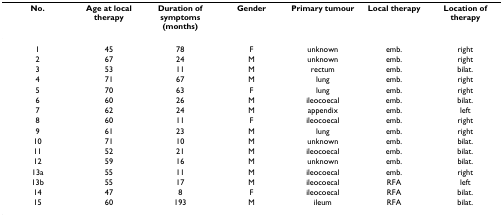
| No. | Age at local therapy | Duration of symptoms (months) | Gender | Primary tumour | Local therapy | Location of therapy |
 | --- | --- | --- | --- | --- | --- | --- |
 | 1 | 45 | 78 | F | unknown | emb. | right |
 | 2 | 67 | 24 | M | unknown | emb. | right |
 | 3 | 53 | 11 | M | rectum | emb. | bilat. |
 | 4 | 71 | 67 | M | lung | emb. | right |
 | 5 | 70 | 63 | F | lung | emb. | right |
 | 6 | 60 | 26 | M | ileocoecal | emb. | bilat. |
 | 7 | 62 | 24 | M | appendix | emb. | left |
 | 8 | 60 | 11 | F | ileocoecal | emb. | right |
 | 9 | 61 | 23 | M | lung | emb. | right |
 | 10 | 71 | 10 | M | unknown | emb. | bilat. |
 | 11 | 52 | 21 | M | ileocoecal | emb. | bilat. |
 | 12 | 59 | 16 | M | unknown | emb. | bilat. |
 | 13a | 55 | 11 | M | ileocoecal | emb. | right |
 | 13b | 55 | 17 | M | ileocoecal | RFA | left |
 | 14 | 47 | 8 | F | ileocoecal | RFA | bilat. |
 | 15 | 60 | 193 | M | ileum | RFA | bilat. |